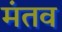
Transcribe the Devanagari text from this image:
मंतव